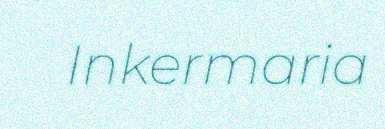
Inkermaria